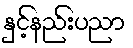
နှင့်နည်းပညာ